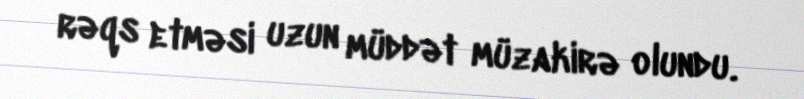
rəqs etməsi uzun müddət müzakirə olundu.